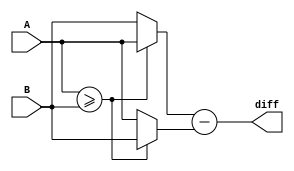
`timescale 1ns / 1ps
//////////////////////////////////////////////////////////////////////////////////
// Company: 
// Engineer: 
// 
// Design Name: 
// Module Name:    difference 
// Project Name: 
// Target Devices: 
// Tool versions: 
// Description: 
//
// Dependencies: 
//
// Revision: 
// Revision 0.01 - File Created
// Additional Comments: 
//
//////////////////////////////////////////////////////////////////////////////////
module difference(
    input [15:0] A,
    input [15:0] B,
    output reg [15:0] diff
);

reg [15:0] high;
reg [15:0] low;

// Compare A and B to determine the higher and lower numbers
always @* begin
    if (A >= B) begin
        high = A;
        low = B;
    end else begin
        high = B;
        low = A;
    end
end

// Calculate the difference between the higher and lower numbers
always @* begin
    diff = high - low;
end

endmodule